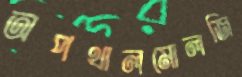
অপথালমোলজি